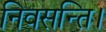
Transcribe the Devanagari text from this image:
निवसन्ति।